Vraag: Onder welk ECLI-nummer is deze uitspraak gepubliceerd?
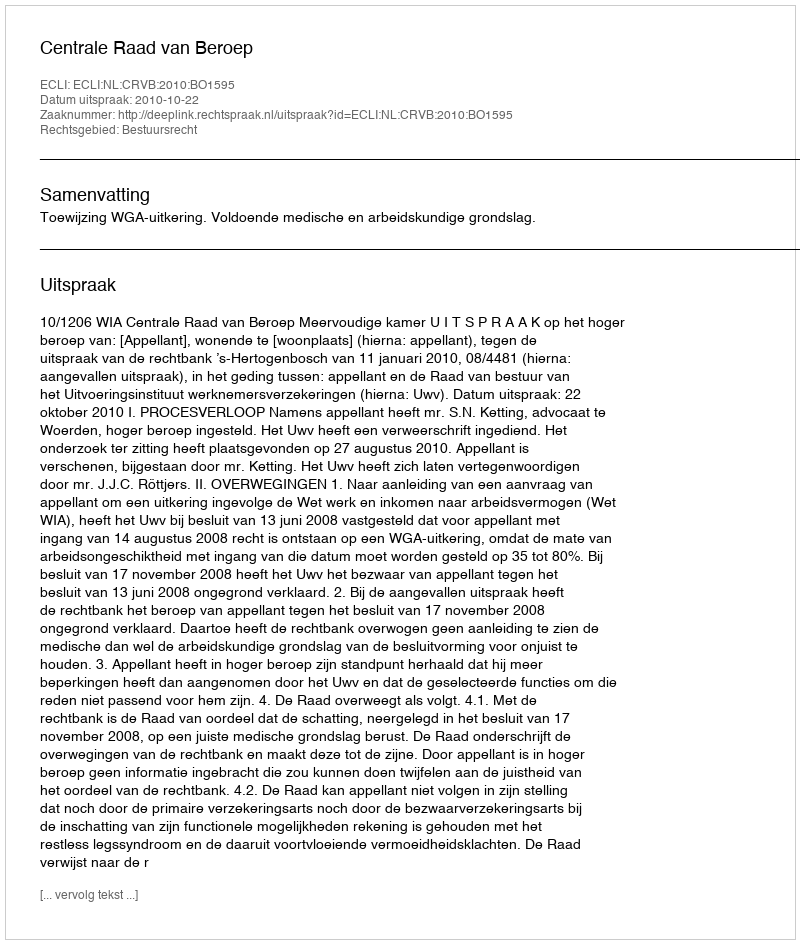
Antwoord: ECLI:NL:CRVB:2010:BO1595